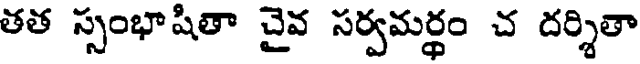
తత స్సంభాషితా చైవ సర్వమర్థం చ దర్శితా